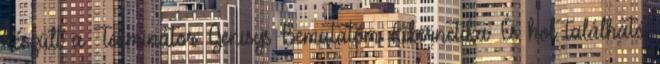
készült a Terminátor: Genisys Bemutatóm Kibernetika: És hol található